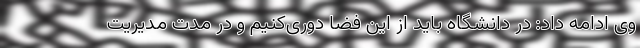
وی ادامه داد: در دانشگاه باید از این فضا دوری‌کنیم و در مدت مدیریت